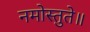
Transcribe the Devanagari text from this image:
नमोस्तुते॥